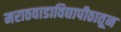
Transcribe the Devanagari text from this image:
मराठवाडाविद्यापीठातून